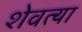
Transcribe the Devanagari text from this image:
शेवत्या